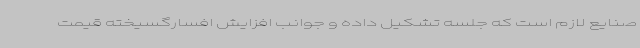
صنایع لازم است که جلسه تشکیل داده و جوانب افزایش افسارگسیخته قیمت